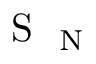
\mathrm { ~ S ~ } _ { \mathrm { ~ N ~ } }